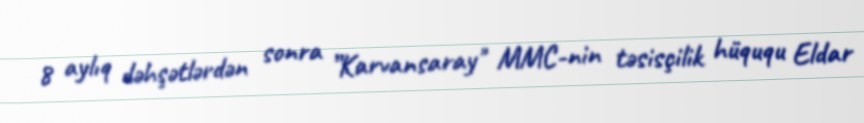
8 aylıq dəhşətlərdən sonra ”Karvansaray" MMC-nin təsisçilik hüququ Eldar